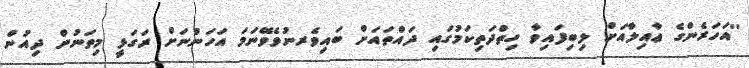
''އަހަރެންގެ ޢާއިލާއަށް ލިބިފައިވާ ހިތްދަތިކަމުގައި ދައްތައަށް ބައިވެރނުވެވޭނަމަ އަހަންނަށް ރަގަޅީ މިތަނުން ދިއުން